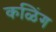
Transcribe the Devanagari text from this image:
कळिंग